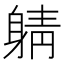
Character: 𲄤